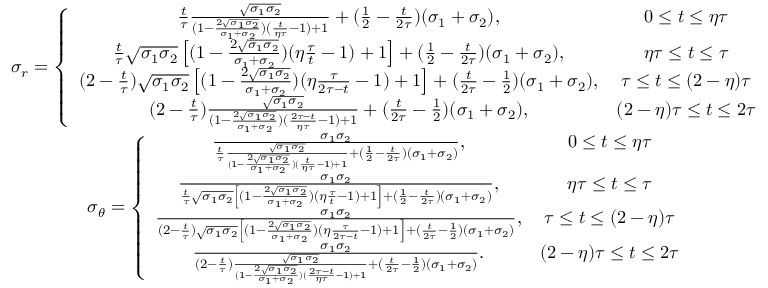
\begin{array} { c c } { \sigma _ { r } = \left\lbrace \begin{array} { c c } { \frac { t } { \tau } \frac { \sqrt { \sigma _ { 1 } \sigma _ { 2 } } } { ( 1 - \frac { 2 \sqrt { \sigma _ { 1 } \sigma _ { 2 } } } { \sigma _ { 1 } + \sigma _ { 2 } } ) ( \frac { t } { \eta \tau } - 1 ) + 1 } + ( \frac { 1 } { 2 } - \frac { t } { 2 \tau } ) ( \sigma _ { 1 } + \sigma _ { 2 } ) , } & { 0 \le t \le \eta \tau } \\ { \frac { t } { \tau } \sqrt { \sigma _ { 1 } \sigma _ { 2 } } \left[ ( 1 - \frac { 2 \sqrt { \sigma _ { 1 } \sigma _ { 2 } } } { \sigma _ { 1 } + \sigma _ { 2 } } ) ( \eta \frac { \tau } { t } - 1 ) + 1 \right] + ( \frac { 1 } { 2 } - \frac { t } { 2 \tau } ) ( \sigma _ { 1 } + \sigma _ { 2 } ) , } & { \eta \tau \le t \le \tau } \\ { ( 2 - \frac { t } { \tau } ) \sqrt { \sigma _ { 1 } \sigma _ { 2 } } \left[ ( 1 - \frac { 2 \sqrt { \sigma _ { 1 } \sigma _ { 2 } } } { \sigma _ { 1 } + \sigma _ { 2 } } ) ( \eta \frac { \tau } { 2 \tau - t } - 1 ) + 1 \right] + ( \frac { t } { 2 \tau } - \frac { 1 } { 2 } ) ( \sigma _ { 1 } + \sigma _ { 2 } ) , } & { \tau \le t \le ( 2 - \eta ) \tau } \\ { ( 2 - \frac { t } { \tau } ) \frac { \sqrt { \sigma _ { 1 } \sigma _ { 2 } } } { ( 1 - \frac { 2 \sqrt { \sigma _ { 1 } \sigma _ { 2 } } } { \sigma _ { 1 } + \sigma _ { 2 } } ) ( \frac { 2 \tau - t } { \eta \tau } - 1 ) + 1 } + ( \frac { t } { 2 \tau } - \frac { 1 } { 2 } ) ( \sigma _ { 1 } + \sigma _ { 2 } ) , } & { ( 2 - \eta ) \tau \le t \le 2 \tau } \end{array} \right. } \\ { \sigma _ { \theta } = \left\lbrace \begin{array} { c c } { \frac { \sigma _ { 1 } \sigma _ { 2 } } { \frac { t } { \tau } \frac { \sqrt { \sigma _ { 1 } \sigma _ { 2 } } } { ( 1 - \frac { 2 \sqrt { \sigma _ { 1 } \sigma _ { 2 } } } { \sigma _ { 1 } + \sigma _ { 2 } } ) ( \frac { t } { \eta \tau } - 1 ) + 1 } + ( \frac { 1 } { 2 } - \frac { t } { 2 \tau } ) ( \sigma _ { 1 } + \sigma _ { 2 } ) } , } & { 0 \le t \le \eta \tau } \\ { \frac { \sigma _ { 1 } \sigma _ { 2 } } { \frac { t } { \tau } \sqrt { \sigma _ { 1 } \sigma _ { 2 } } \left[ ( 1 - \frac { 2 \sqrt { \sigma _ { 1 } \sigma _ { 2 } } } { \sigma _ { 1 } + \sigma _ { 2 } } ) ( \eta \frac { \tau } { t } - 1 ) + 1 \right] + ( \frac { 1 } { 2 } - \frac { t } { 2 \tau } ) ( \sigma _ { 1 } + \sigma _ { 2 } ) } , } & { \eta \tau \le t \le \tau } \\ { \frac { \sigma _ { 1 } \sigma _ { 2 } } { ( 2 - \frac { t } { \tau } ) \sqrt { \sigma _ { 1 } \sigma _ { 2 } } \left[ ( 1 - \frac { 2 \sqrt { \sigma _ { 1 } \sigma _ { 2 } } } { \sigma _ { 1 } + \sigma _ { 2 } } ) ( \eta \frac { \tau } { 2 \tau - t } - 1 ) + 1 \right] + ( \frac { t } { 2 \tau } - \frac { 1 } { 2 } ) ( \sigma _ { 1 } + \sigma _ { 2 } ) } , } & { \tau \le t \le ( 2 - \eta ) \tau } \\ { \frac { \sigma _ { 1 } \sigma _ { 2 } } { ( 2 - \frac { t } { \tau } ) \frac { \sqrt { \sigma _ { 1 } \sigma _ { 2 } } } { ( 1 - \frac { 2 \sqrt { \sigma _ { 1 } \sigma _ { 2 } } } { \sigma _ { 1 } + \sigma _ { 2 } } ) ( \frac { 2 \tau - t } { \eta \tau } - 1 ) + 1 } + ( \frac { t } { 2 \tau } - \frac { 1 } { 2 } ) ( \sigma _ { 1 } + \sigma _ { 2 } ) } . } & { ( 2 - \eta ) \tau \le t \le 2 \tau } \end{array} \right. } \end{array}